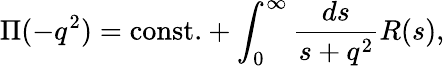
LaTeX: \Pi(-q^{2})=\mathrm{const.}+\int_{0}^{\infty}{\frac{ds}{s+q^{2}}}R(s),